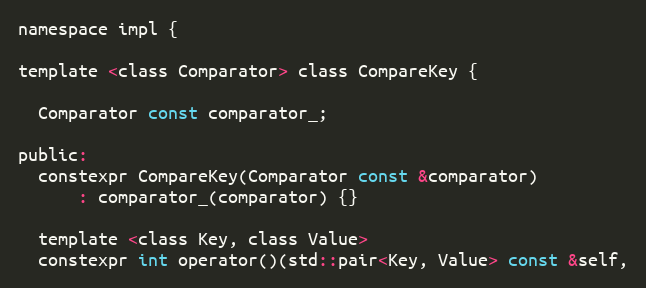
Language: C
namespace impl {

template <class Comparator> class CompareKey {

  Comparator const comparator_;

public:
  constexpr CompareKey(Comparator const &comparator)
      : comparator_(comparator) {}

  template <class Key, class Value>
  constexpr int operator()(std::pair<Key, Value> const &self,